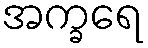
အက္ခရေ